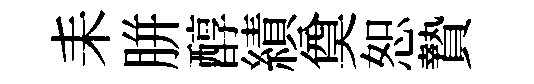
耒胼醇績奠恕贄